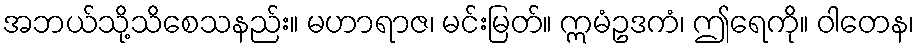
အဘယ်သို့သိစေသနည်း။ မဟာရာဇ၊ မင်းမြတ်။ ဣမံဥဒကံ၊ ဤရေကို။ ဝါတေန၊